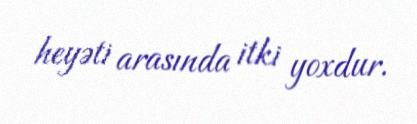
heyəti arasında itki yoxdur.